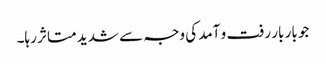
جو بار بار رفت و آمد کی وجہ سے شدید متاثر رہا۔